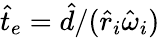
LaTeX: \hat{t}_{e}=\hat{d}/(\hat{r}_{i}\hat{\omega}_{i})